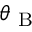
\theta _ { \mathrm { ~ B ~ } }